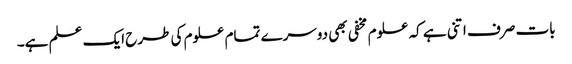
بات صرف اتنی ہے کہ علوم مخفی بھی دوسرے تمام علوم کی طرح ایک علم ہے۔